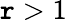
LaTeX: \mathtt{r}>1